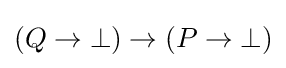
(Q\to \bot )\to (P\to \bot )